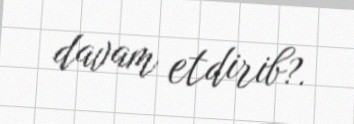
davam etdirib?.